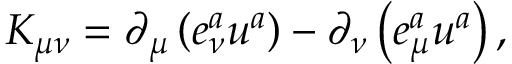
K _ { \mu \nu } = \partial _ { \mu } \left( e _ { \nu } ^ { a } u ^ { a } \right) - \partial _ { \nu } \left( e _ { \mu } ^ { a } u ^ { a } \right) ,